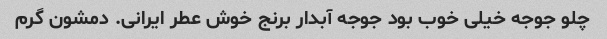
چلو جوجه خیلی خوب بود جوجه آبدار برنج خوش عطر ایرانی. دمشون گرم